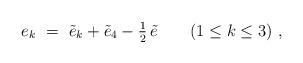
LaTeX: \begin{align*} e_k~=~\tilde{e}_k + \tilde{e}_4 - {\textstyle {1 \over 2}} \, \tilde{e} \qquad (1 \leq k \leq 3)~,\end{align*}